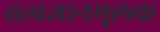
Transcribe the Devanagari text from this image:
तत्वज्ञानमूलक